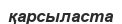
қарсыласта